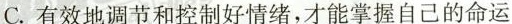
C.有效地调节和控制好情绪，才能掌握自己的命运